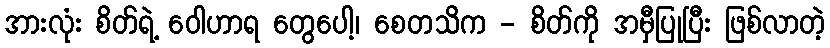
အားလုံး စိတ်ရဲ့ ဝေါဟာရ တွေပေါ့၊ စေတသိက - စိတ်ကို အမှီပြုပြီး ဖြစ်လာတဲ့